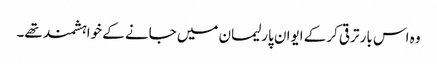
وہ اس بار ترقی کرکے ایوان پارلیمان میں جانے کے خواہشمند تھے۔